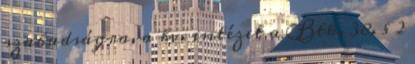
szabadságra, a bv. intézet a Btk. 38. § 2